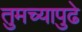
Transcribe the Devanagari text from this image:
तुमच्यापुढे